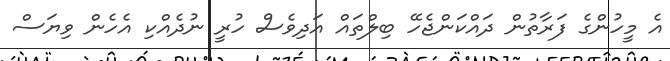
އެ މީހުންގެ ފަރާތުން ދައްކަންޖެހޭ ބިލްތައް އަދިވެސް ހުރީ ނުދެއްކި އެހެން ވިޔަސް